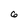
Character: 6